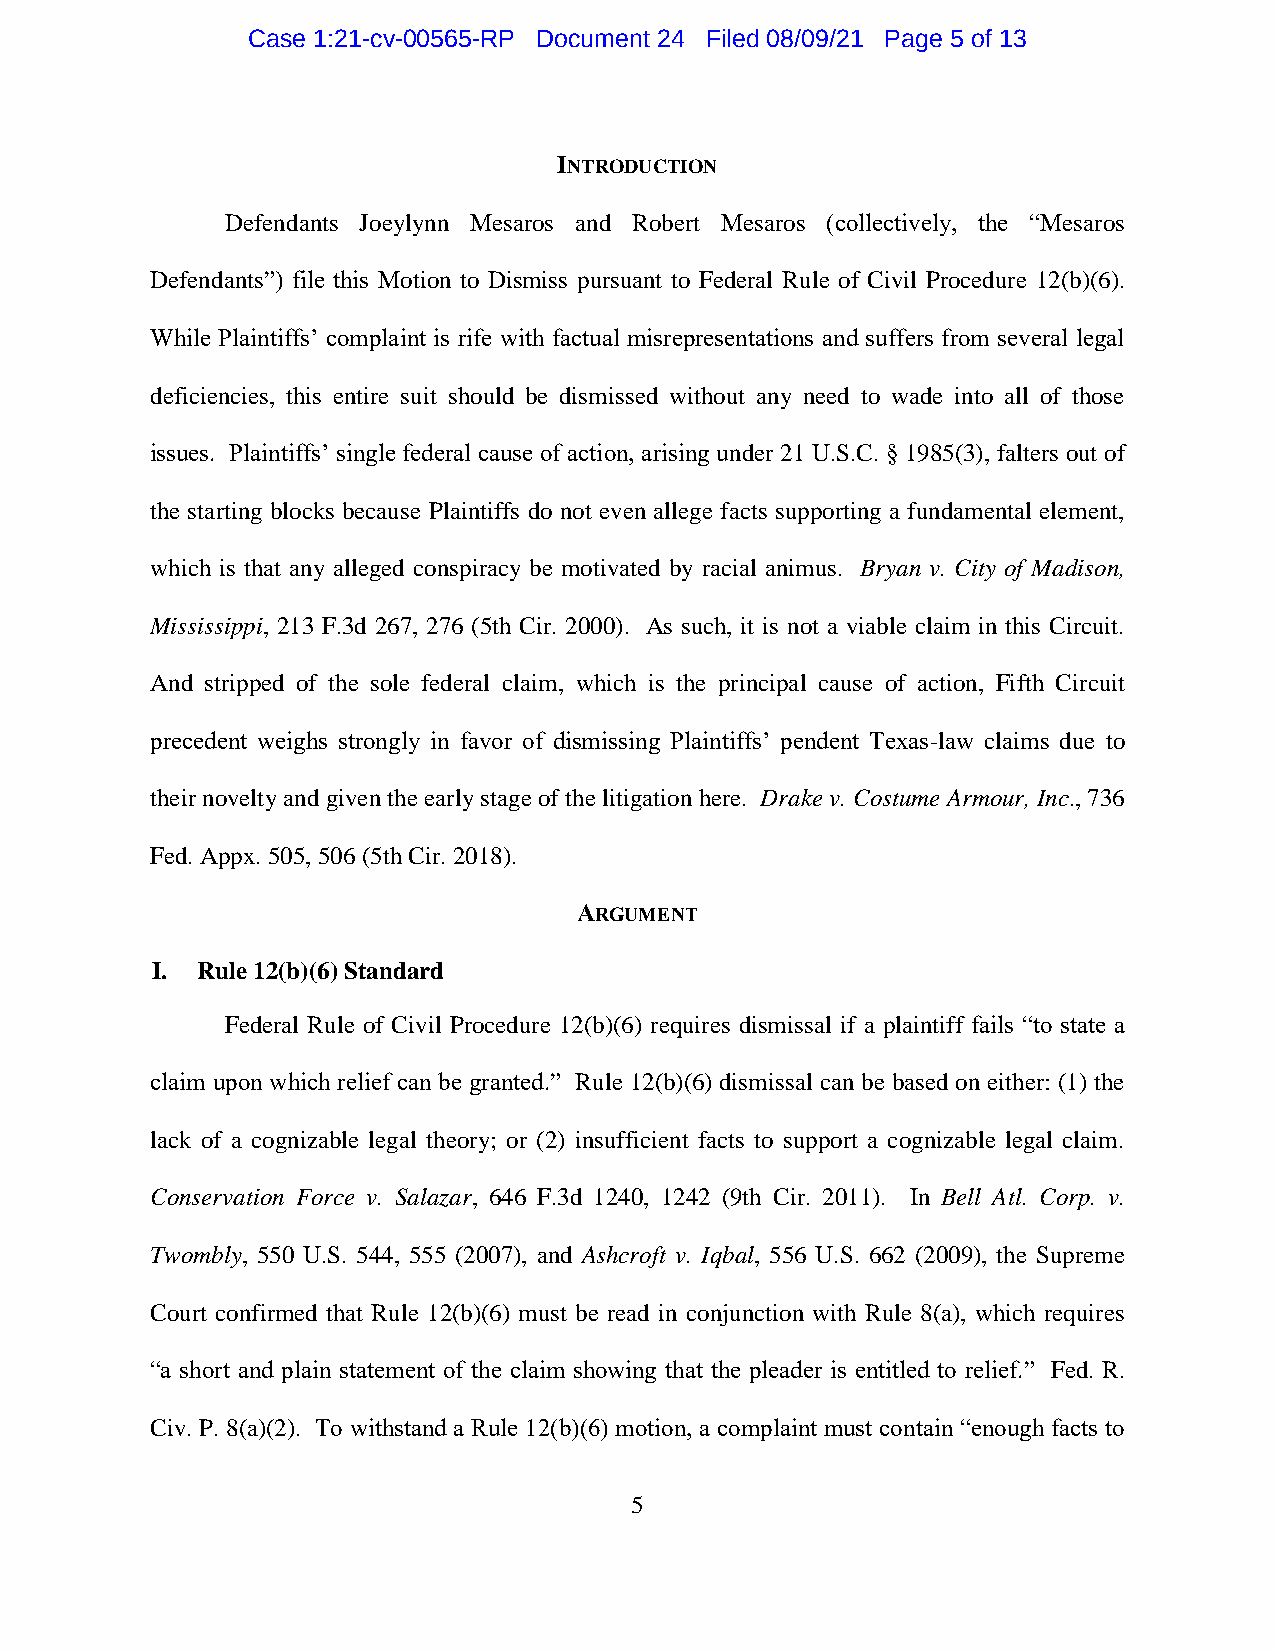
Case 1:21-cv-00565-RP Document 24 Filed 08/09/21 Page 5 of 13
 INTRODUCTION
 Defendants Joeylynn Mesaros and Robert Mesaros (collectively, the “Mesaros
 Defendants”) file this Motion to Dismiss pursuant to Federal Rule of Civil Procedure 12(b)(6).
 While Plaintiffs’ complaint is rife with factual misrepresentations and suffers from several legal
 deficiencies, this entire suit should be dismissed without any need to wade into all of those
 issues. Plaintiffs’ single federal cause of action, arising under 21 U.S.C. § 1985(3), falters out of
 the starting blocks because Plaintiffs do not even allege facts supporting a fundamental element,
 which is that any alleged conspiracy be motivated by racial animus. Bryan v. City of Madison,
 Mississippi, 213 F.3d 267, 276 (5th Cir. 2000). As such, it is not a viable claim in this Circuit.
 And stripped of the sole federal claim, which is the principal cause of action, Fifth Circuit
 precedent weighs strongly in favor of dismissing Plaintiffs’ pendent Texas-law claims due to
 their novelty and given the early stage of the litigation here. Drake v. Costume Armour, Inc., 736
 Fed. Appx. 505, 506 (5th Cir. 2018).
 ARGUMENT
 I. Rule 12(b)(6) Standard
 Federal Rule of Civil Procedure 12(b)(6) requires dismissal if a plaintiff fails “to state a
 claim upon which relief can be granted.” Rule 12(b)(6) dismissal can be based on either: (1) the
 lack of a cognizable legal theory; or (2) insufficient facts to support a cognizable legal claim.
 Conservation Force v. Salazar, 646 F.3d 1240, 1242 (9th Cir. 2011). In Bell Atl. Corp. v.
 Twombly, 550 U.S. 544, 555 (2007), and Ashcroft v. Iqbal, 556 U.S. 662 (2009), the Supreme
 Court confirmed that Rule 12(b)(6) must be read in conjunction with Rule 8(a), which requires
 “a short and plain statement of the claim showing that the pleader is entitled to relief.” Fed. R.
 Civ. P. 8(a)(2). To withstand a Rule 12(b)(6) motion, a complaint must contain “enough facts to
 5